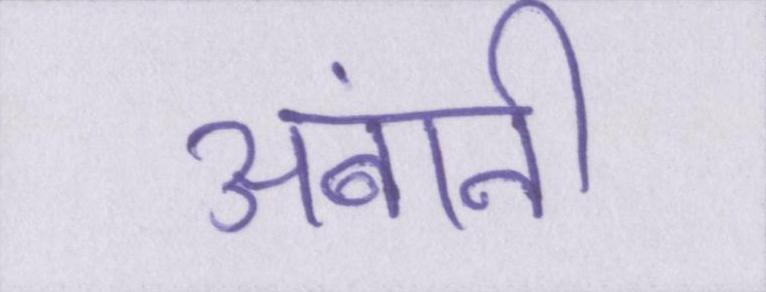
अंबानी